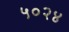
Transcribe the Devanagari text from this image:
५०२४